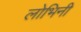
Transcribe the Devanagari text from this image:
लोभिनी